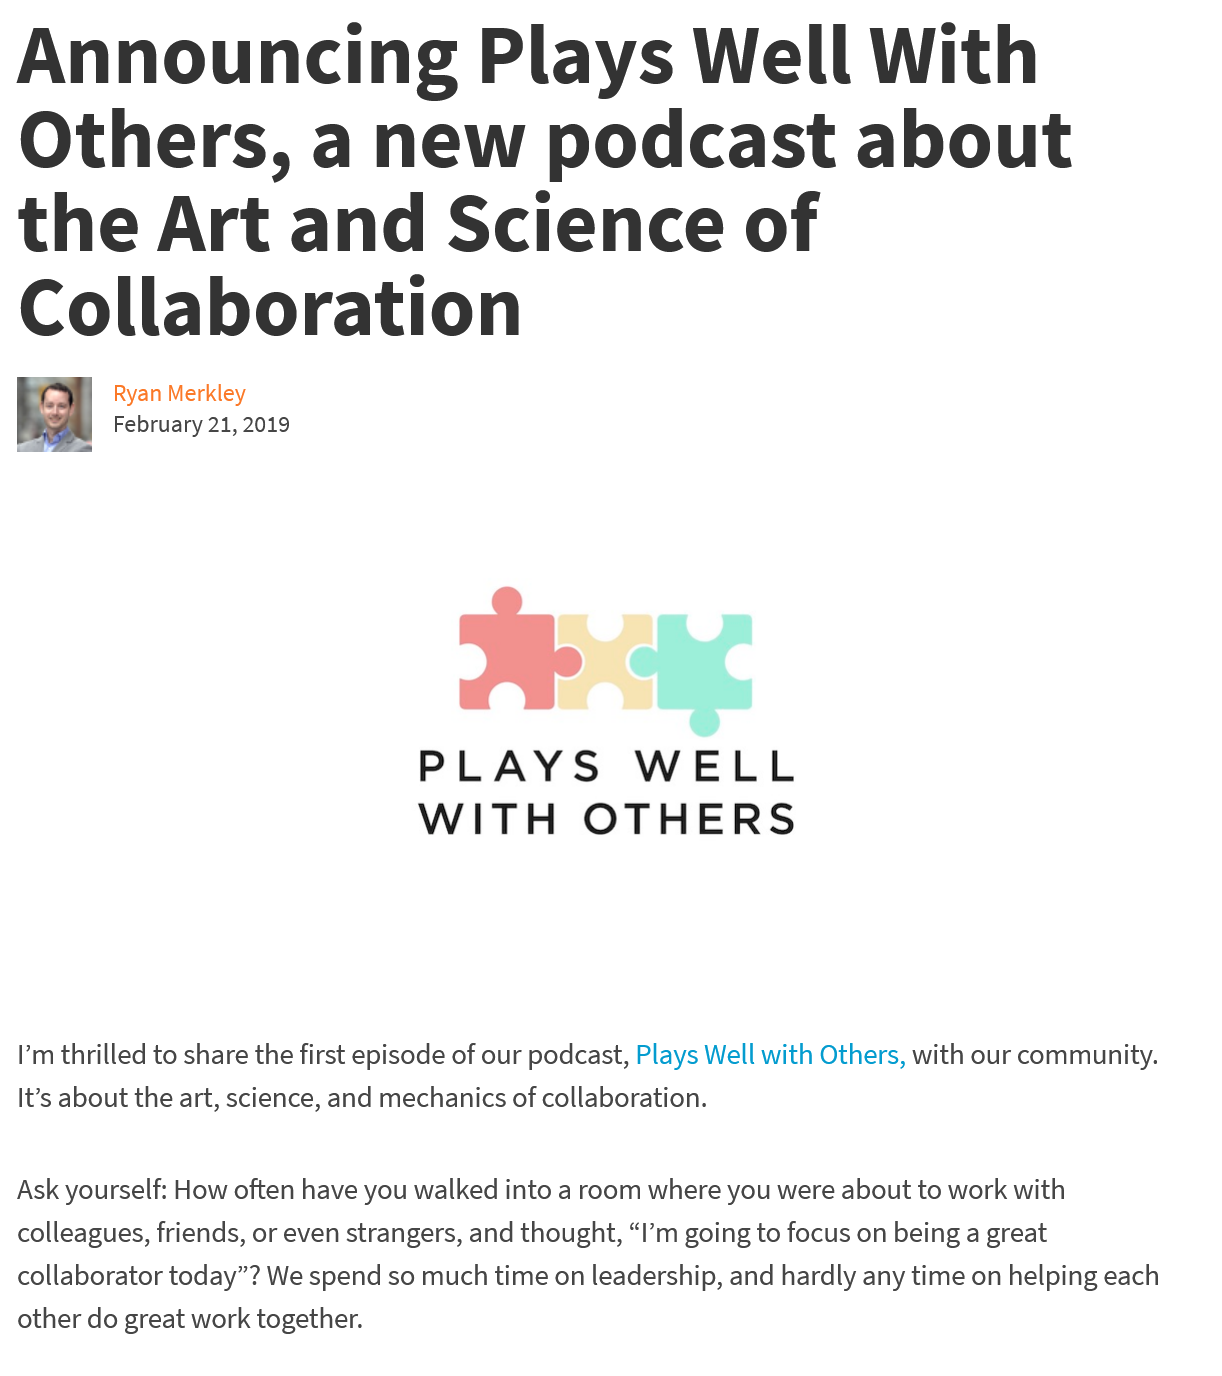
Announcing    Plays    Well    With
  Others,    a    new    podcast    about
  the    Art    and    Science    of
  Collaboration
     PLAYS    WELL
     WITH    OTHERS
     Wy
  Ask yourself: How often have you walked into a room where you were about to work with
  colleagues, friends, or even strangers, and thought, “I’m going to focus on being a great
  collaborator today”? We spend so much time on leadership, and hardly any time on helping each
  other do great work together.
  I’m thrilled to share the first episode of our podcast, Plays Well with Others, with our community.
  It’s about the art, science, and mechanics of collaboration.
     February 21, 2019
     Ryan Merkley